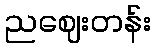
ညဈေးတန်း